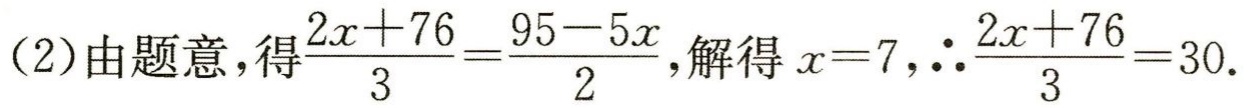
(2)由题意，得$\frac{2x + 76}{3}=\frac{95 - 5x}{2}$，解得$x = 7$，$\therefore\frac{2x + 76}{3}=30$.